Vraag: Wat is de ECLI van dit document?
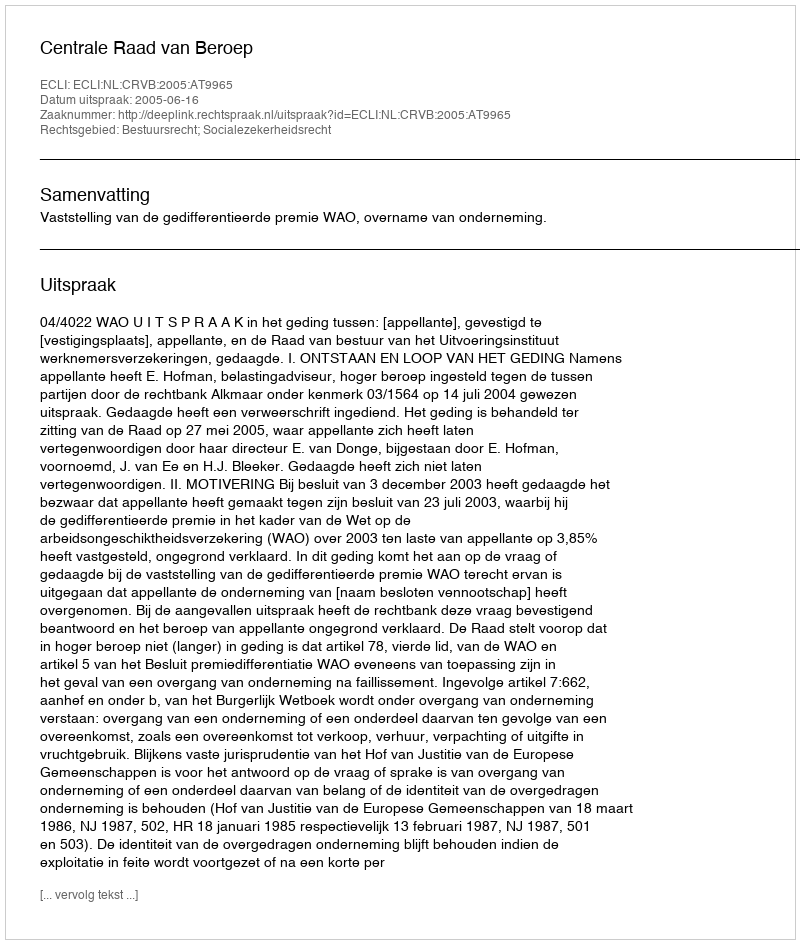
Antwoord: ECLI:NL:CRVB:2005:AT9965